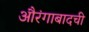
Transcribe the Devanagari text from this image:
औरंगाबादची